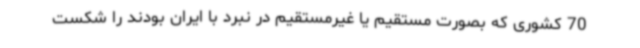
70 کشوری که بصورت مستقیم یا غیرمستقیم در نبرد با ایران بودند را شکست